Annual statistical returns and brief notes on vaccination in Bengal - 1909-1929
Year: 1909
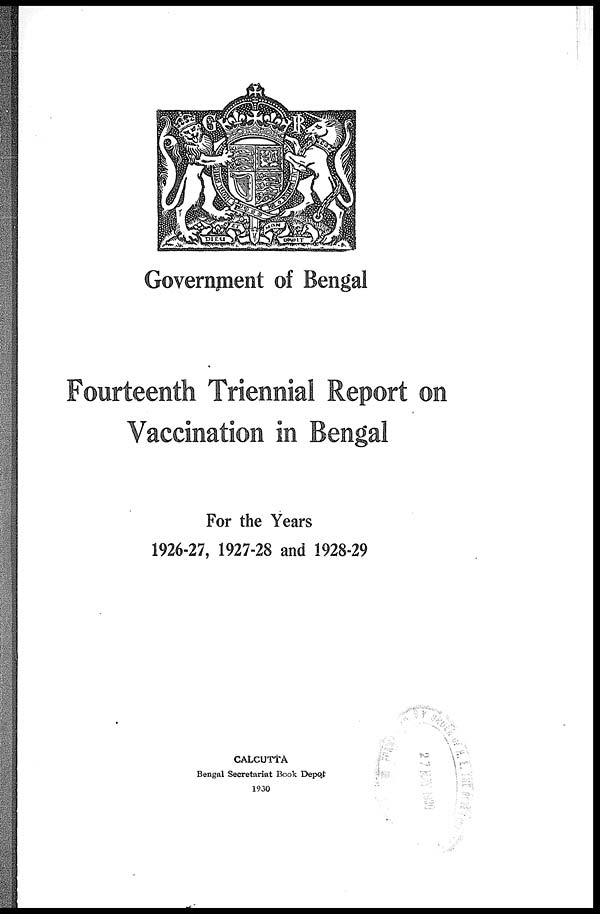
Government of Bengal
Fourteenth Triennial Report on
Vaccination in Bengal
For the Years
1926-27, 1927-28 and 1928-29
CALCUTTA
Bengal Secretariat Book Depôt
1930